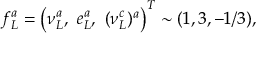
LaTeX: f _ { L } ^ { a } = \left( \nu _ { L } ^ { a } , \ e _ { L } ^ { a } , \ ( \nu _ { L } ^ { c } ) ^ { a } \right) ^ { T } \sim ( 1 , 3 , - 1 / 3 ) ,